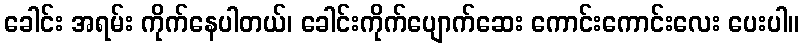
ခေါင်း အရမ်း ကိုက်နေပါတယ်၊ ခေါင်းကိုက်ပျောက်ဆေး ကောင်းကောင်းလေး ပေးပါ။